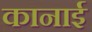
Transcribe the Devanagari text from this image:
कानाई